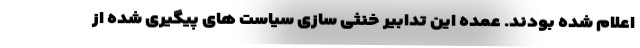
اعلام شده بودند. عمده این تدابیر خنثی سازی سیاست های پیگیری شده از